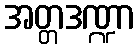
အတ္တဒဏ္ဍာ